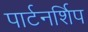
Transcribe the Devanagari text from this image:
पार्टनर्शिप